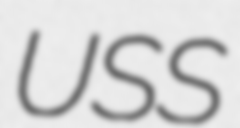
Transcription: USS